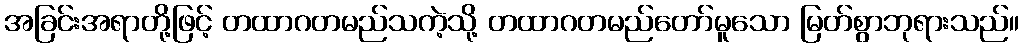
အခြင်းအရာတို့ဖြင့် တထာဂတမည်သကဲ့သို့ တထာဂတမည်တော်မူသော မြတ်စွာဘုရားသည်။